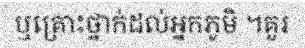
ឬគ្រោះថ្នាក់ដល់អ្នកភូមិ ។គួរ